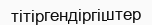
тітіргендіргіштер